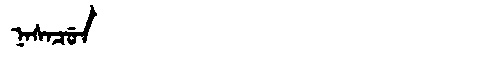
Manchu: ᠨᠠᠰᠠᠴᡠᠨ
Romanization: NASACUN